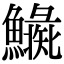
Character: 𩼍